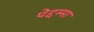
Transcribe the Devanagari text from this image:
पेद्दम्मा